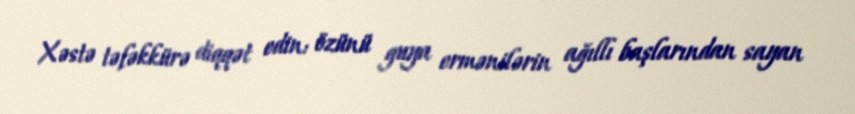
Xəstə təfəkkürə diqqət edin: özünü guya ermənilərin ağıllı başlarından sayan